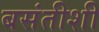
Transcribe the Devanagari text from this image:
बसंतीशी